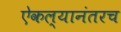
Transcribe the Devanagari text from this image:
ऐकल्यानंतरच